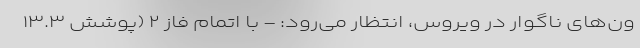
ون‌های ناگوار در ویروس، انتظار می‌رود: - با اتمام فاز ۲ (پوشش ۱۳.۳